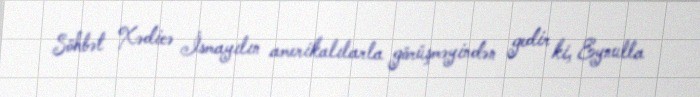
Söhbət Xədicə İsmayılın amerikalılarla görüşməyindən gedir ki, Eynulla